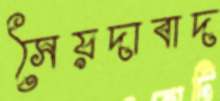
সৈয়দাবাদ